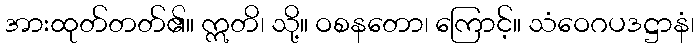
အားထုတ်တတ်၏။ ဣတိ၊ သို့။ ဝစနတော၊ ကြောင့်။ သံဝေဂပဒဋ္ဌာနံ၊